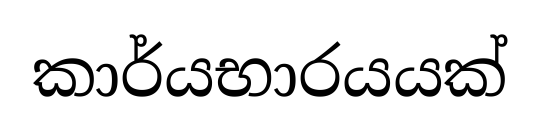
කාර්යභාරයයක්